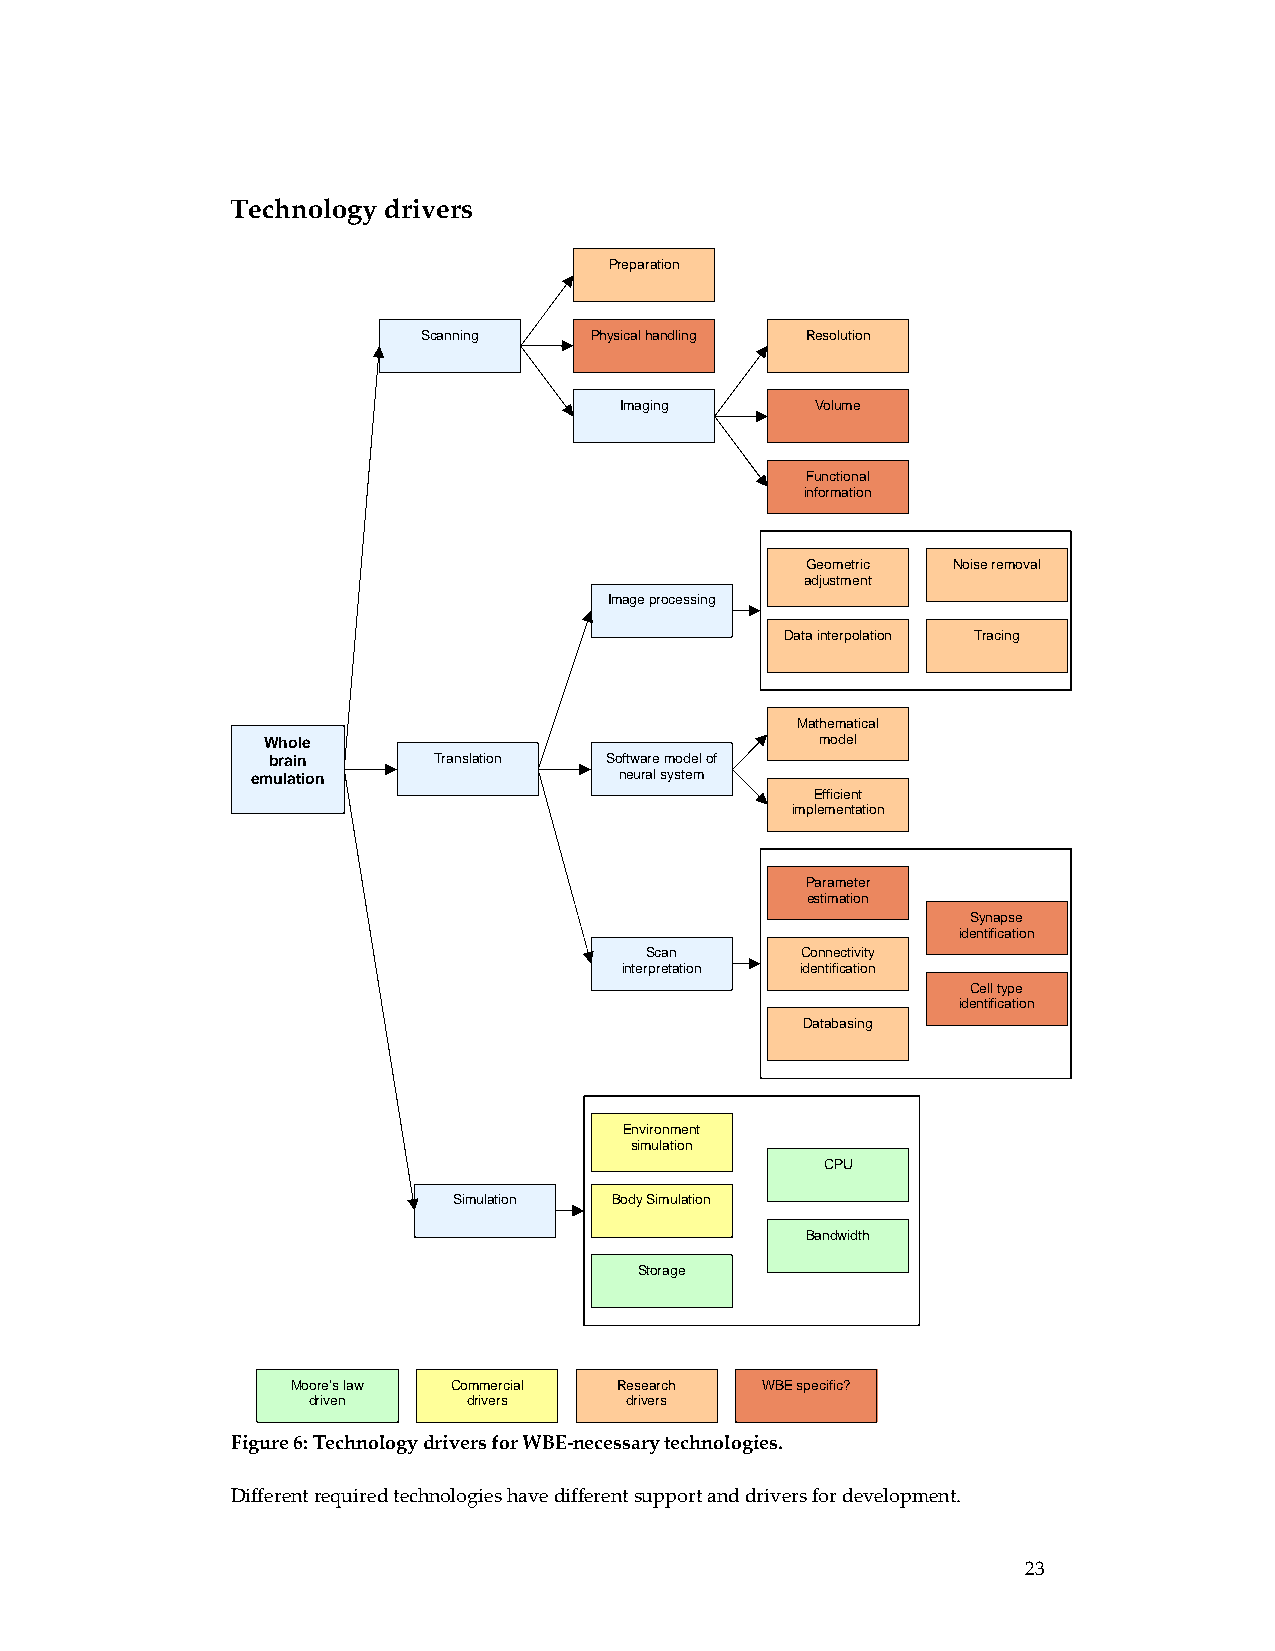
Technology drivers
 Preparation
 Scanning   Physical handling Resolution
 Imaging      Volume
 Functional
 information
 Geometric Noise removal
 adjustment
 Image processing
 Data interpolation Tracing
 Mathematical
 Whole                                model
 brain      Translation Software model of
 emulation               neural system
 Efficient
 implementation
 Parameter
 estimation
 Synapse
 identification
 Scan      Connectivity
 interpretation identification
 Cell type
 identification
 Databasing
 Environment
 simulation
 CPU
 Simulation Body Simulation
 Bandwidth
 Storage
 Moore’s law Commercial Research WBE specific?
 driven     drivers   drivers
 Figure 6: Technology drivers for WBE‐necessary technologies.
 Different required technologies have different support and drivers for development.
 23